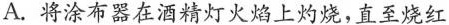
A.将涂布器在酒精灯火焰上灼烧，直至烧红